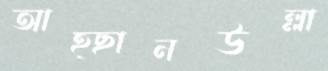
আহ্ছানউল্লা